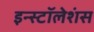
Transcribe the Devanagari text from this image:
इन्स्टॉलेशंस